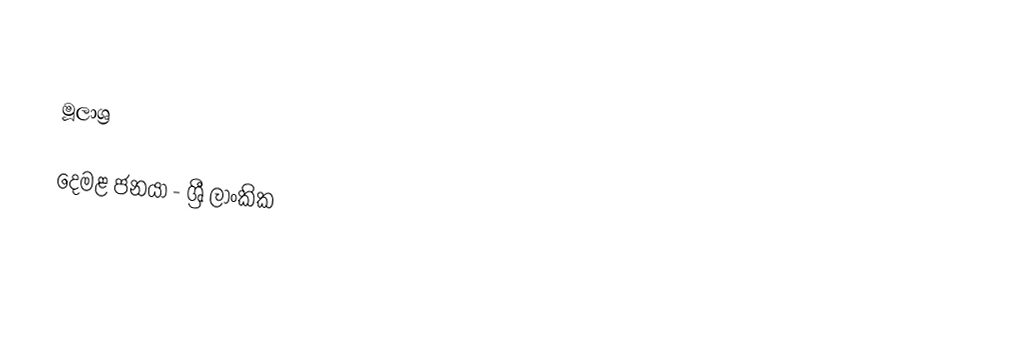

මූලාශ්‍ර

දෙමළ ජනයා - ශ්‍රී ලාංකික